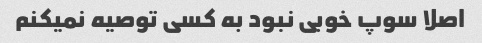
اصلا سوپ‌ خوبی نبود به کسی توصیه نمیکنم